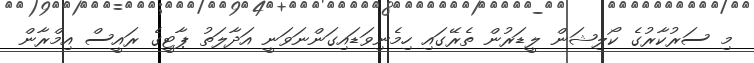
މި ސަރުކާރުގެ ކޯލިޝަން ލީޑަރުން ތެރޭގައި ހިމެނިވަޑައިގަންނަވަނީ އަދާލަތު ޕާޓީގެ ރައީސް އިމްރާން